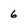
Character: 6